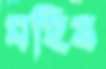
মহিষ